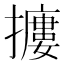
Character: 𢷱